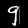
Digit: 9